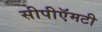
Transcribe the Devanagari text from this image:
सीपीऍमटी